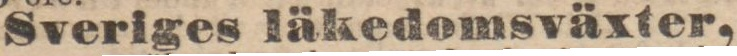
Sveriges läkedomsväxter,